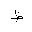
Letter: _za